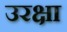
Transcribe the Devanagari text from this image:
उरक्षा